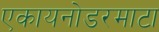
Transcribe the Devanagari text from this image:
एकायनोडरमाटा